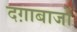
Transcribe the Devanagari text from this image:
दग़ाबाजों